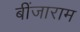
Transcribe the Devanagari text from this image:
बींजाराम